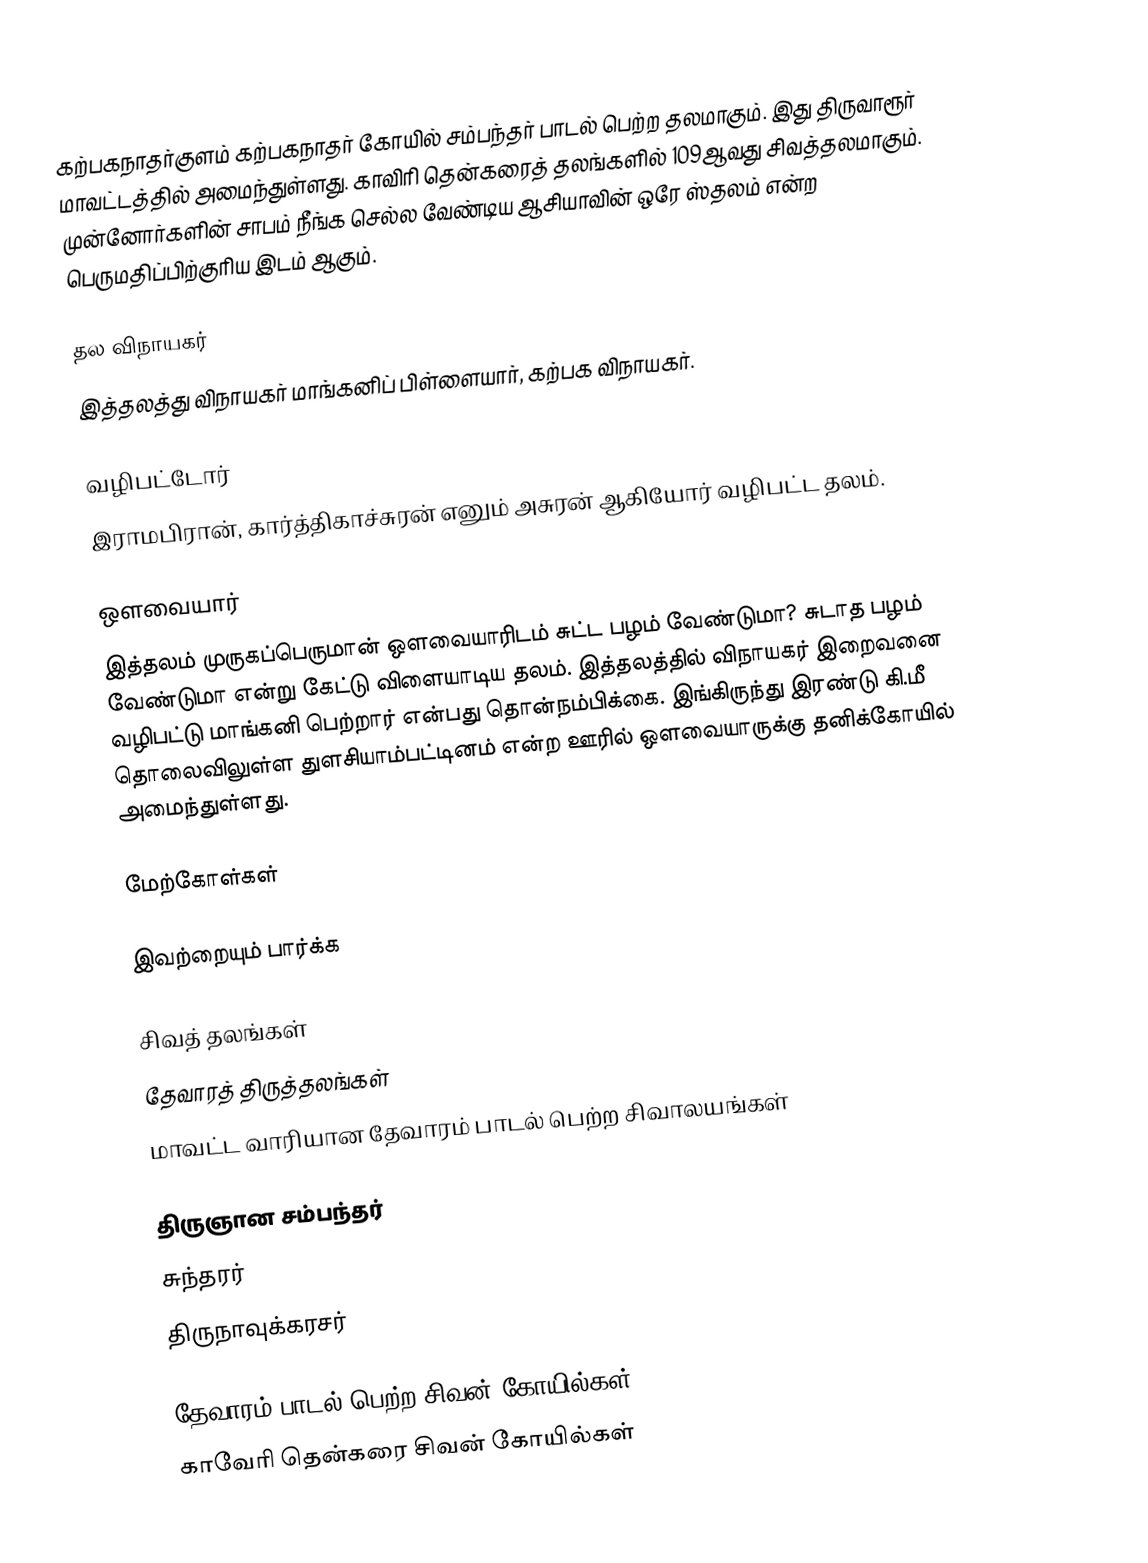
கற்பகநாதர்குளம் கற்பகநாதர் கோயில் சம்பந்தர் பாடல் பெற்ற தலமாகும். இது திருவாரூர்  மாவட்டத்தில் அமைந்துள்ளது.  காவிரி தென்கரைத் தலங்களில்  109ஆவது சிவத்தலமாகும். முன்னோர்களின் சாபம் நீங்க செல்ல வேண்டிய ஆசியாவின் ஒரே ஸ்தலம் என்ற பெருமதிப்பிற்குரிய இடம் ஆகும்.

தல விநாயகர்
இத்தலத்து விநாயகர் மாங்கனிப் பிள்ளையார், கற்பக விநாயகர்.

வழிபட்டோர்
இராமபிரான், கார்த்திகாச்சுரன் எனும் அசுரன் ஆகியோர் வழிபட்ட தலம்.

ஒளவையார்
இத்தலம் முருகப்பெருமான் ஒளவையாரிடம் சுட்ட பழம் வேண்டுமா? சுடாத பழம் வேண்டுமா என்று கேட்டு விளையாடிய தலம். இத்தலத்தில் விநாயகர் இறைவனை வழிபட்டு மாங்கனி பெற்றார் என்பது தொன்நம்பிக்கை. இங்கிருந்து இரண்டு கி.மீ தொலைவிலுள்ள துளசியாம்பட்டினம் என்ற ஊரில் ஒளவையாருக்கு தனிக்கோயில் அமைந்துள்ளது.

மேற்கோள்கள்

இவற்றையும் பார்க்க

 சிவத் தலங்கள்
 தேவாரத் திருத்தலங்கள்
 மாவட்ட வாரியான தேவாரம் பாடல் பெற்ற சிவாலயங்கள்

 திருஞான சம்பந்தர்
 சுந்தரர்
 திருநாவுக்கரசர்

தேவாரம் பாடல் பெற்ற சிவன் கோயில்கள்
காவேரி தென்கரை சிவன் கோயில்கள்